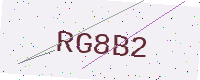
Text: RG8B2